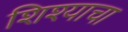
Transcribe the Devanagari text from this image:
शिश्याचा